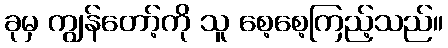
ခုမှ ကျွန်တော့်ကို သူ စေ့စေ့ကြည့်သည်။